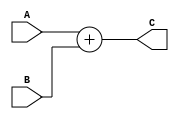
`define WIDTH 16

module adder(A, B, C);

input [`WIDTH-1:0] A;
input [`WIDTH-1:0] B;
output [`WIDTH-1:0] C;

assign C = A + B;

endmodule